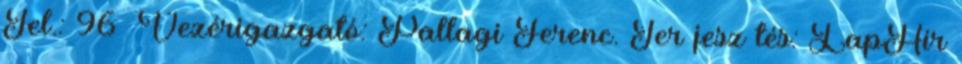
Tel.: 96 Vezérigazgató: Pallagi Ferenc. Ter jesz tés: LapHír